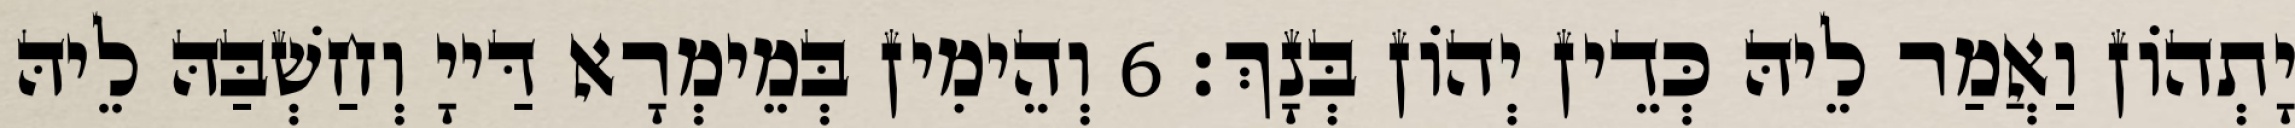
יָתְהוֹן וַאֲמַר לֵיהּ כְּדֵין יְהוֹן בְּנָךְ׃ 6 וְהֵימִין בְּמֵימְרָא דַּייָ וְחַשְׁבַּהּ לֵיהּ